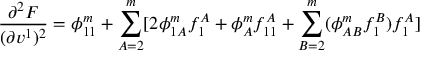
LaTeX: \frac { \partial ^ { 2 } F } { ( \partial v ^ { 1 } ) ^ { 2 } } = \phi _ { 1 1 } ^ { m } + \sum _ { A = 2 } ^ { m } [ 2 \phi _ { 1 A } ^ { m } f _ { 1 } ^ { A } + \phi _ { A } ^ { m } f _ { 1 1 } ^ { A } + \sum _ { B = 2 } ^ { m } ( \phi _ { A B } ^ { m } f _ { 1 } ^ { B } ) f _ { 1 } ^ { A } ]